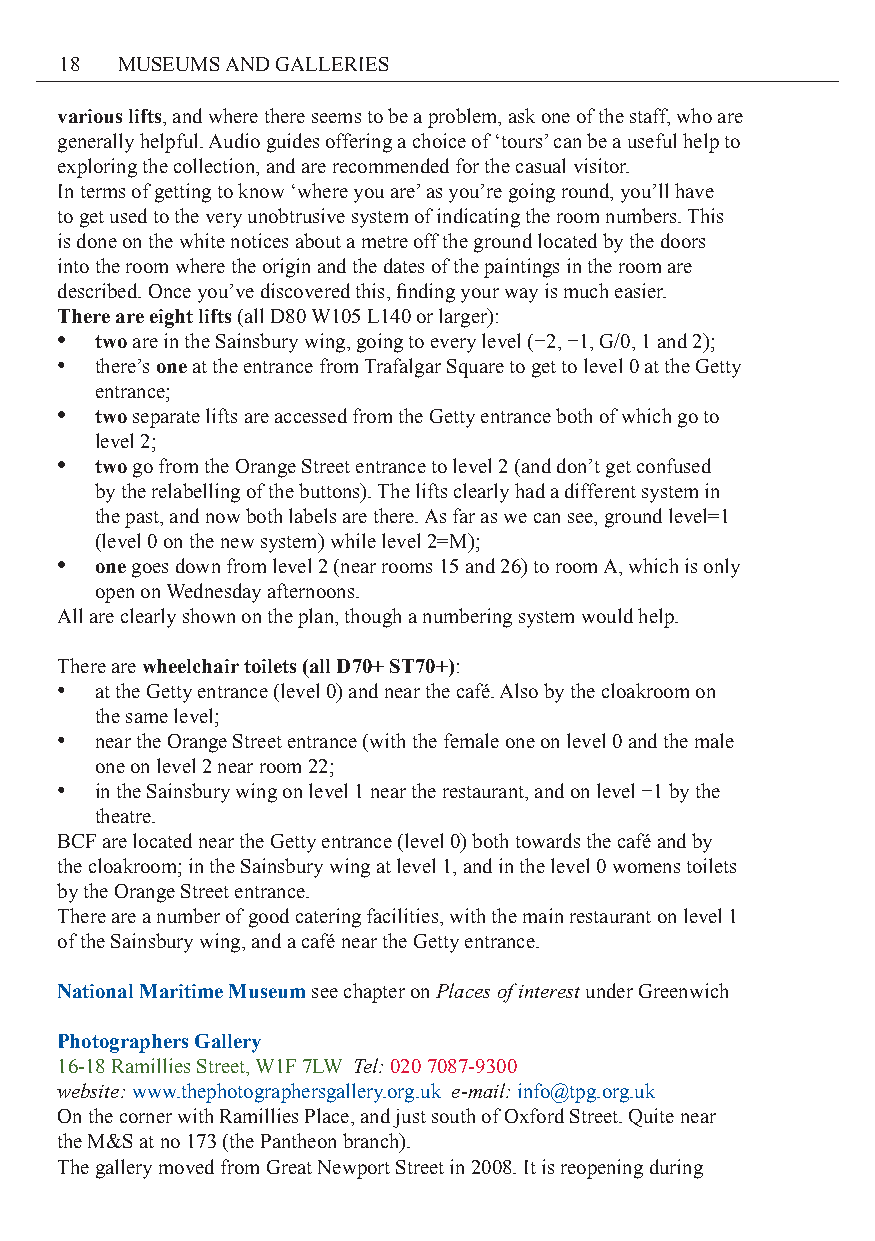
18  MUSEUMS AND GALLERIES
 various lifts, and where there seems to be a problem, ask one of the staff, who are
 generally helpful. Audio guides offering a choice of ‘tours’ can be a useful help to
 exploring the collection, and are recommended for the casual visitor.
 In terms of getting to know ‘where you are’ as you’re going round, you’ll have
 to get used to the very unobtrusive system of indicating the room numbers. This
 is done on the white notices about a metre off the ground located by the doors
 into the room where the origin and the dates of the paintings in the room are
 described. Once you’ve discovered this, finding your way is much easier.
 There are eight lifts (all D80 W105 L140 or larger):
 • two are in the Sainsbury wing, going to every level (−2, −1, G/0, 1 and 2);
 • there’s one at the entrance from Trafalgar Square to get to level 0 at the Getty
 entrance;
 • two separate lifts are accessed from the Getty entrance both of which go to
 level 2;
 • two go from the Orange Street entrance to level 2 (and don’t get confused
 by the relabelling of the buttons). The lifts clearly had a different system in
 the past, and now both labels are there. As far as we can see, ground level=1
 (level 0 on the new system) while level 2=M);
 • one goes down from level 2 (near rooms 15 and 26) to room A, which is only
 open on Wednesday afternoons.
 All are clearly shown on the plan, though a numbering system would help.
 There are wheelchair toilets (all D70+ ST70+):
 • at the Getty entrance (level 0) and near the café. Also by the cloakroom on
 the same level;
 • near the Orange Street entrance (with the female one on level 0 and the male
 one on level 2 near room 22;
 • in the Sainsbury wing on level 1 near the restaurant, and on level −1 by the
 theatre.
 BCF are located near the Getty entrance (level 0) both towards the café and by
 the cloakroom; in the Sainsbury wing at level 1, and in the level 0 womens toilets
 by the Orange Street entrance.
 There are a number of good catering facilities, with the main restaurant on level 1
 of the Sainsbury wing, and a café near the Getty entrance.
 National Maritime Museum see chapter on Places of interest under Greenwich
 Photographers Gallery
 16-18 Ramillies Street, W1F 7LW Tel: 020 7087-9300
 website: www.thephotographersgallery.org.uk e-mail: info@tpg.org.uk
 On the corner with Ramillies Place, and just south of Oxford Street. Quite near
 the M&S at no 173 (the Pantheon branch).
 The gallery moved from Great Newport Street in 2008. It is reopening during